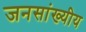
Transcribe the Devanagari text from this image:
जनसांख्यीय